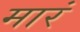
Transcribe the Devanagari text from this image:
मारं